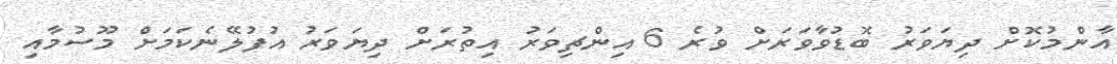
އާންމުކޮށް ދިޔަވަރު ބޮޑުވާވަރަށް ވުރެ 6 އިންޗިވަރު އިތުރަށް ދިޔަވަރު އުފުލޭނެކަމަށް މޫސުމާއި